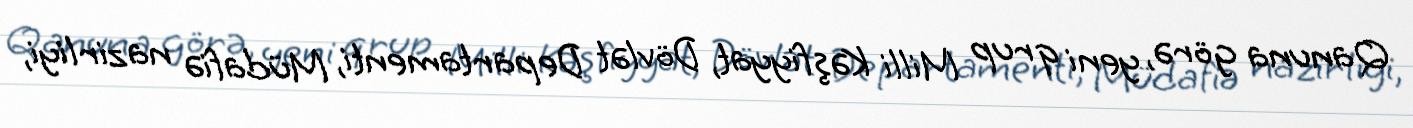
Qanuna görə, yeni qrup Milli Kəşfiyyat, Dövlət Departamenti, Müdafiə nazirliyi,